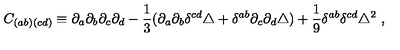
C _ { ( a b ) ( c d ) } \equiv \partial _ { a } \partial _ { b } \partial _ { c } \partial _ { d } - \frac { 1 } { 3 } ( \partial _ { a } \partial _ { b } \delta ^ { c d } \triangle + \delta ^ { a b } \partial _ { c } \partial _ { d } \triangle ) + \frac { 1 } { 9 } \delta ^ { a b } \delta ^ { c d } \triangle ^ { 2 } \ ,